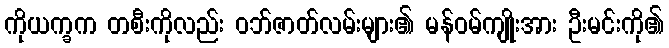
ကိုယက္ခက တစီးကိုလည်း ဝဘ်ဇာတ်လမ်းများ၏ မန်ဝမ်ကျိုးအား ဦးမင်းကို၏